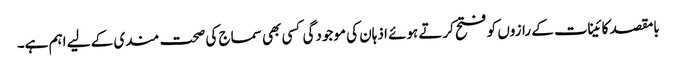
بامقصد کائینات کے رازوں کو فتح کرتے ہوئے اذہان کی موجودگی کسی بھی سماج کی صحت مندی کے لیے اہم ہے۔